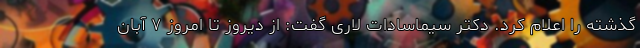
گذشته را اعلام کرد. دکتر سیماسادات لاری گفت: از دیروز تا امروز ۷ آبان